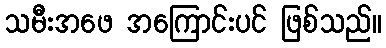
သမီးအဖေ အကြောင်းပင် ဖြစ်သည်။